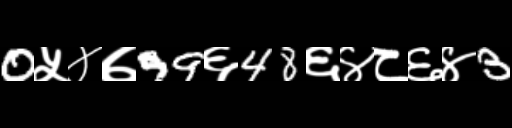
Text: 0५४७99६48६४८६४3